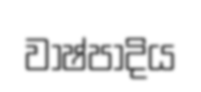
වාෂ්පාදිය